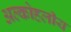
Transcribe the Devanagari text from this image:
अल्कोहलीय